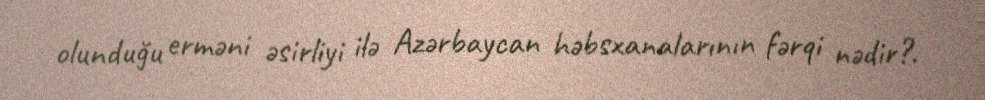
olunduğu erməni əsirliyi ilə Azərbaycan həbsxanalarının fərqi nədir?.